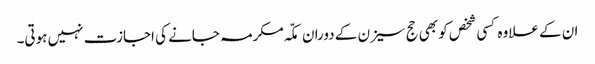
ان کے علاوہ کسی شخص کو بھی حج سیزن کے دوران مکّہ مکرمہ جانے کی اجازت نہیں ہوتی۔